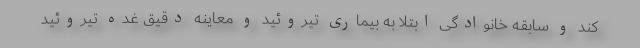
کند و سابقه خانوادگی ابتلا به بیماری تیروئید و معاینه دقیق غده تیروئید